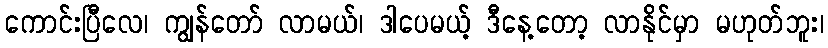
ကောင်းပြီလေ၊ ကျွန်တော် လာမယ်၊ ဒါပေမယ့် ဒီနေ့တော့ လာနိုင်မှာ မဟုတ်ဘူး၊